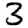
Digit: 3